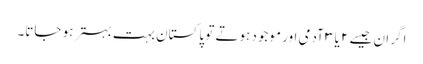
اگر ان جیسے ۲ یا ۳ آدمی اور موجود ہوتے تو پاکستان بہت بہتر ہو جاتا۔